Annual report of the Punjab Veterinary College and of the Civil Veterinary Department, Punjab - 1920-1925
Year: 1920
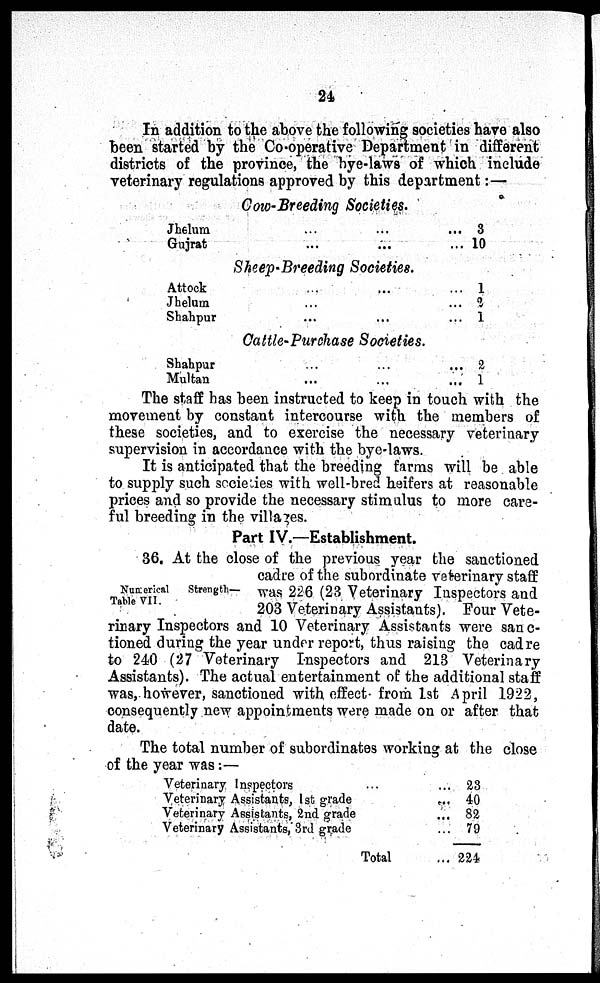
24
In addition to the above the following societies have also
been started by the Co-operative Department in different
districts of the province, the bye-laws of which include
veterinary regulations approved by this department:—
Cow-Breeding Societies.
Jhelum
Gujrat
...
...
...
...
... 3
... 10
Sheep-Breeding Societies.
Attock
Jhelum
Shahpur
...
...
...
...
...
...
... 1
... 2
... 1
Cattle-Purchase Societies.
Shahpur
Multan
...
...
...
...
... 2
... 1
The staff has been instructed to keep in touch with the
movement by constant intercourse with the members of
these societies, and to exercise the necessary veterinary
supervision in accordance with the bye-laws.
It is anticipated that the breeding farms will be able
to supply such societies with well-bred heifers at reasonable
prices and so provide the necessary stimulus to more care-
ful breeding in the villages.
Part IV.—Establishment.
Numerical
Strength—
Table VII.
36. At the close of the previous year the sanctioned
cadre of the subordinate veterinary staff
was 226 (23 Veterinary Inspectors and
203 Veterinary Assistants). Four Vete-
rinary Inspectors and 10 Veterinary Assistants were sanc-
tioned during the year under report, thus raising the cadre
to 240 (27 Veterinary Inspectors and 213 Veterinary
Assistants). The actual entertainment of the additional staff
was, however, sanctioned with effect from 1st April 1922,
consequently new appointments were made on or after that
date.
The total number of subordinates working at the close
of the year was:—
Veterinary Inspectors ...
Veterinary Assistants, 1st grade
Veterinary Assistants, 2nd grade
Veterinary Assistants, 3rd grade
Total
...
...
...
...
...
23
40
82
79
221